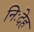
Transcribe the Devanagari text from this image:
निःदेह